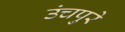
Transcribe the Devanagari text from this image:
उंचपुरे